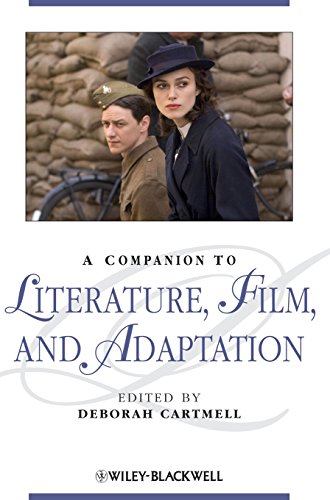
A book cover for A Companion to Literature, Film and Adaptation; Humor & Entertainment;